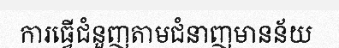
ការធ្វើជំនួញតាមជំនាញមានន័យ